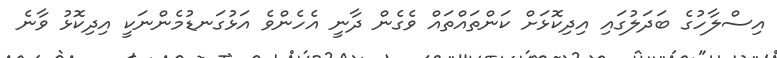
އިސްލާހުގެ ބަދަލުގައި އިދިކޮޅަށް ކަންތައްތައް ވެގެން ދާނީ އެހެންވެ އަޅުގަނޑުމެންނަކީ އިދިކޮޅު ވާނެ